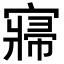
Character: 𡪷